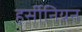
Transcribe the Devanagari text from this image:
हर्सीनियन